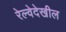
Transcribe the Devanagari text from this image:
रेल्वेदेखील